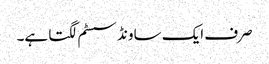
صرف ایک ساونڈ سسٹم لگتا ہے۔